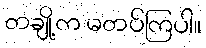
တချို့က မတပ်ကြပါ။